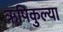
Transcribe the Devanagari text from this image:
ऋषिकुल्या